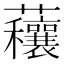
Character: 𧅼